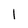
Character: l